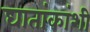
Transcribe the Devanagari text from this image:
घातांकांशी